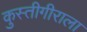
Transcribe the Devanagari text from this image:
कुस्तीगीराला